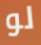
لو